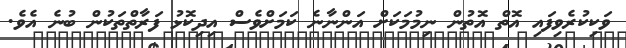
ވަކިކުރެވިފައި އޮތް އޮތުން ނިމުމަކަށް އަންނާނެ ކަމަށްވެސް އިދިކޮޅު ފަރާތްތަކުން ބުނެ އެވެ.